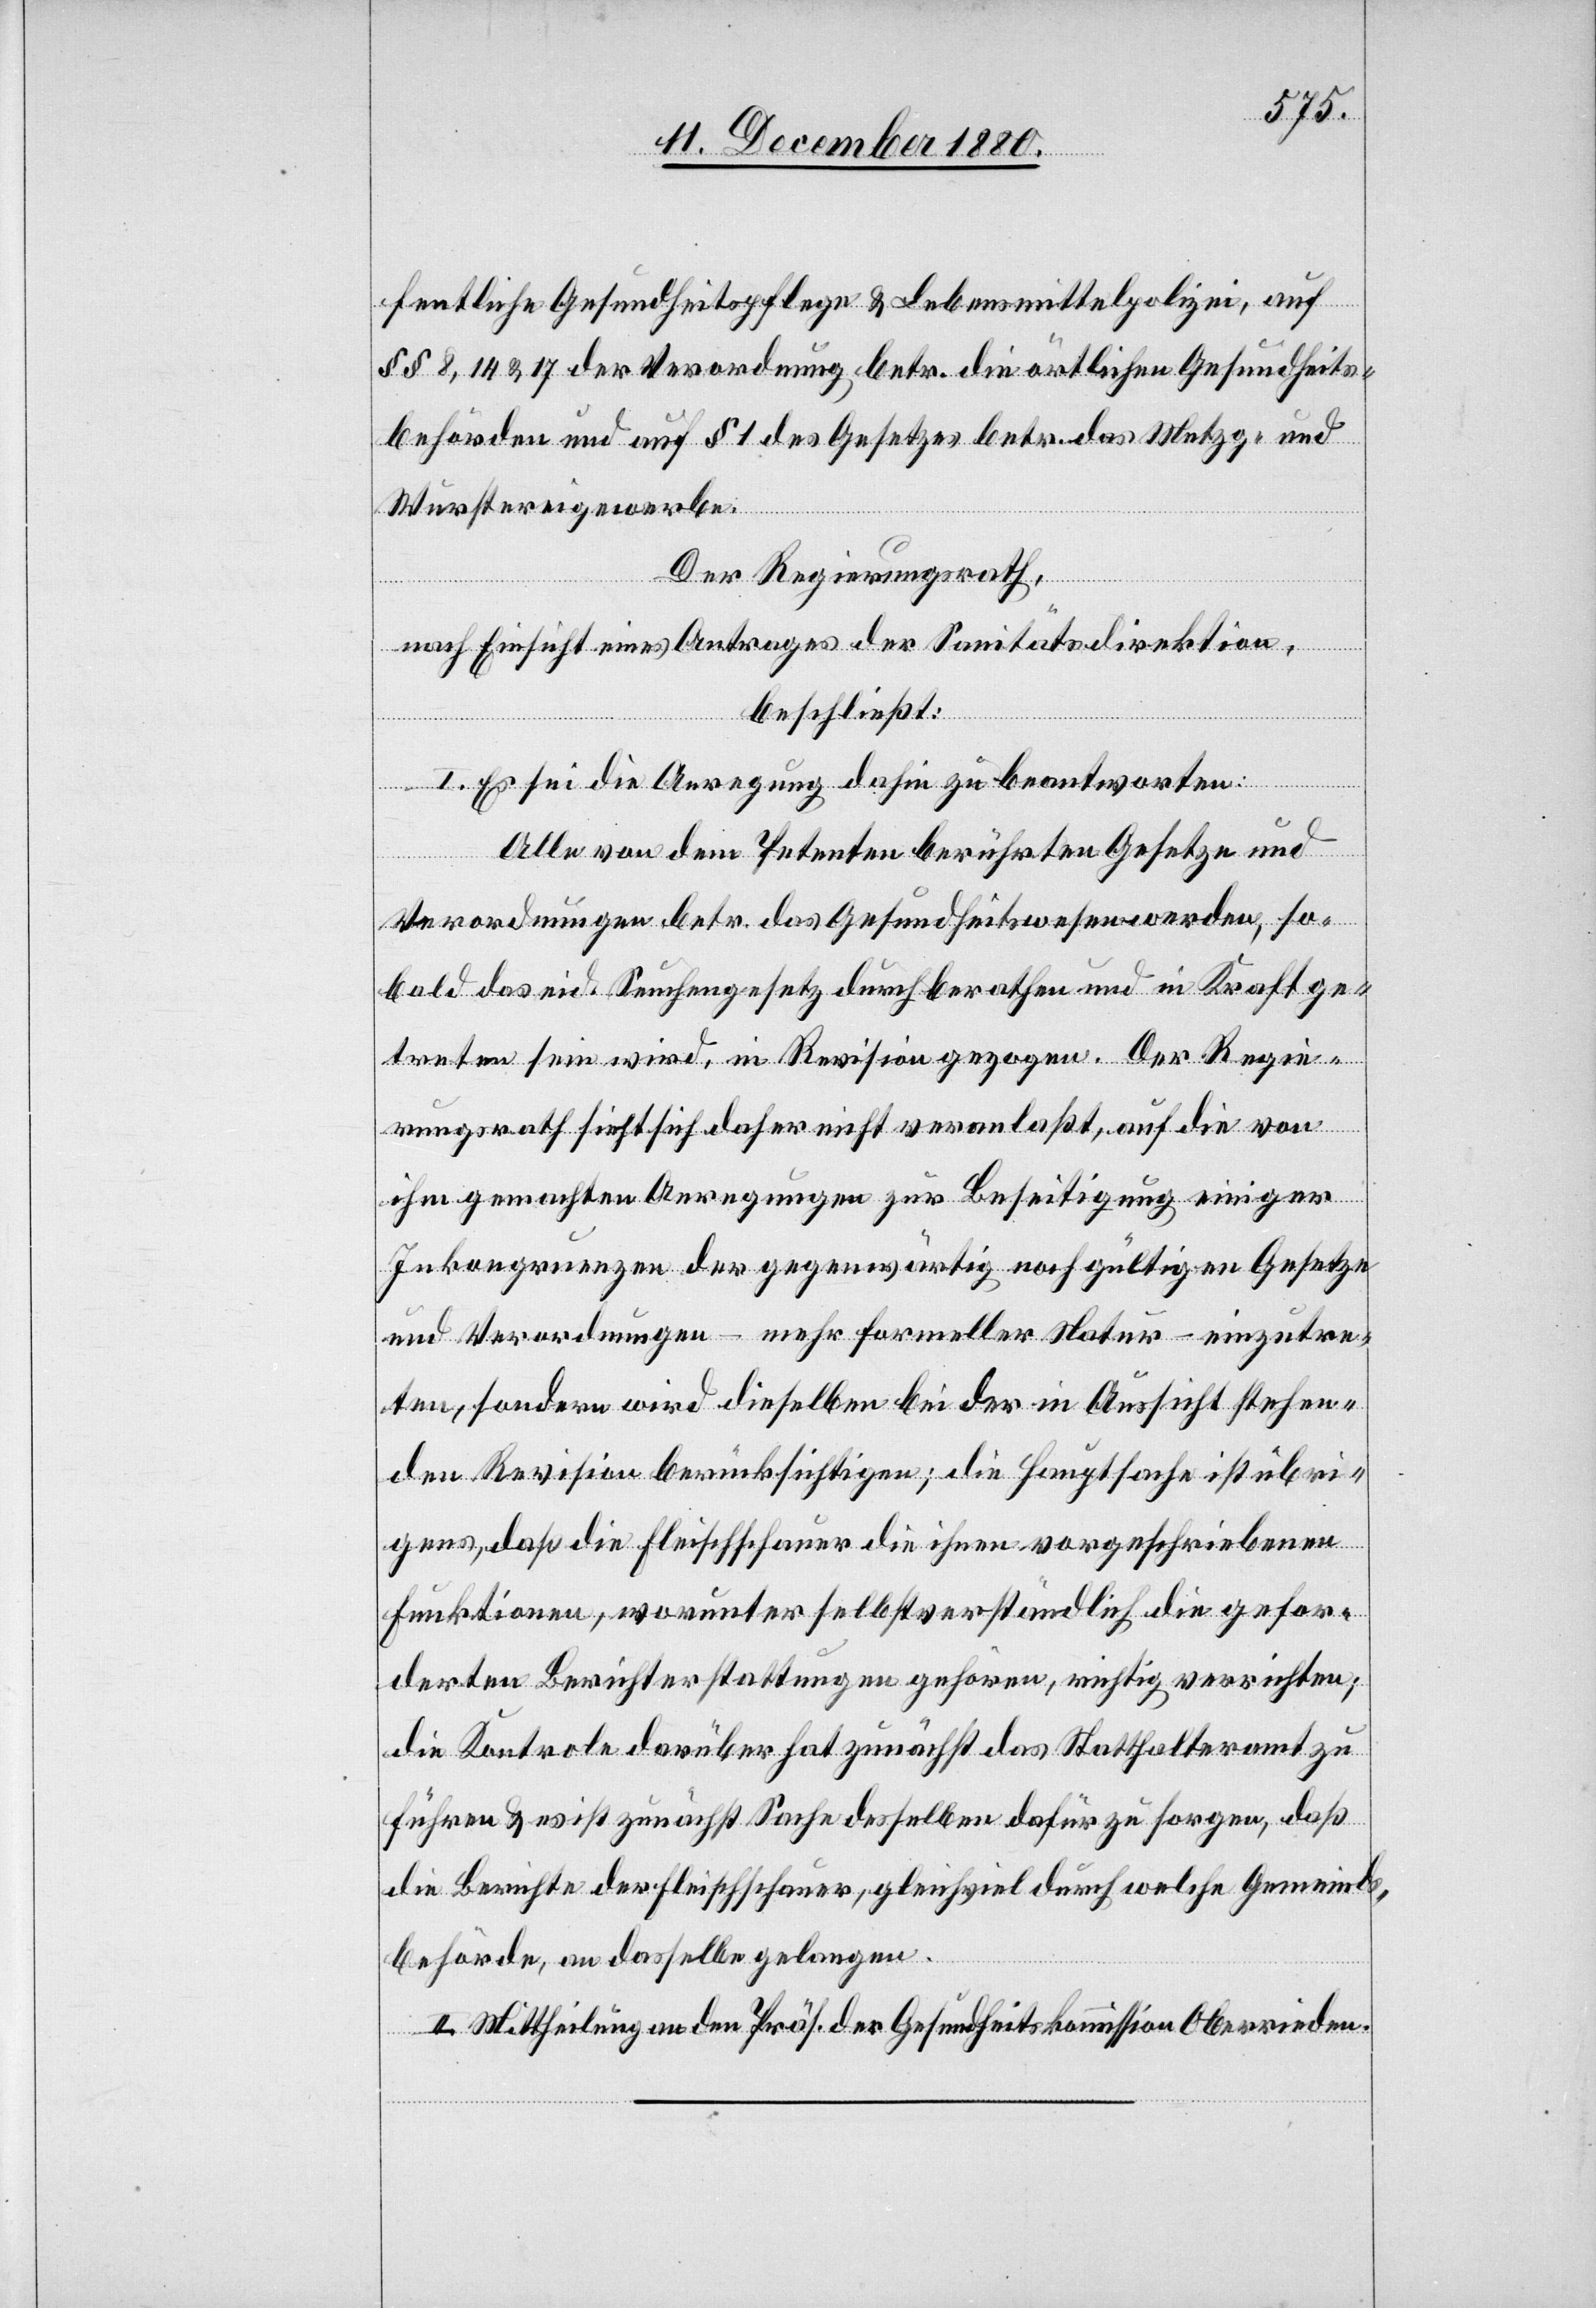
fentliche Gesundheitspflege & Lebensmittelpolizei, auf
§§ 8, 14 & 17 der Verordnung betr. die örtlichen Gesundheits¬
behörden und auf § 1 des Gesetzes betr. das Metzg- und
Wurstereigewerbe.
Der Regierungsrath,
nach Einsicht eines Antrages Sanitätsdirektion,
beschließt:
I. Es sei die Anregung dahin zu beantworten:
Alle von dem Petenten berührten Gesetze und
Verordnungen betr. das Gesundheitswesen werden, so¬
bald das eid. Seuchengesetz durchberathen und in Kraft ge¬
treten sein wird, in Revision gezogen. Der Regie¬
rungsrath sieht sich daher nicht veranlaßt, auf die von
ihm gemachten Anregungen zur Beseitigung einiger
Inkongruenzen der gegenwärtig noch gültigen Gesetze
und Verordnungen – mehr formeller Natur – einzutre¬
ten, sondern wird dieselben bei der Aussicht stehen¬
den Revision berücksichtigen, die Hauptsache ist übri¬
gens, daß die Fleischschauer die ihnen vorgeschriebenen
Funktionen, worunter selbstverständlich die gefor¬
derten Berichterstattungen gehören, richtig verrichten;
die Kontrole darüber hat zunächst das Statthalteramt zu
führen & es ist zunächst Sache desselben dafür zu sorgen, daß
die Berichte der Fleischschauer, gleichviel durch welche Gemeinds¬
behörde, an dasselbe gelangen.
II. Mittheilung an den Präs. der Gesundheitskommission Oberrieden.